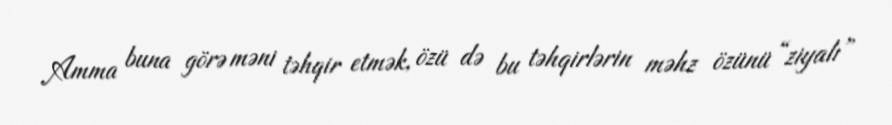
Amma buna görə məni təhqir etmək, özü də bu təhqirlərin məhz özünü “ziyalı”